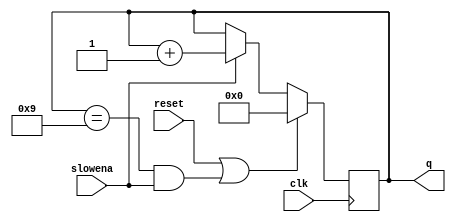
module top_module (
    input clk,
    input slowena,
    input reset,
    output [3:0] q);

    always @(posedge clk) begin
        if (reset || (q == 4'd9 && slowena)) begin
            q <= 'd0;
        end else if (slowena) begin
            q <= q+1;
        end
    end

endmodule